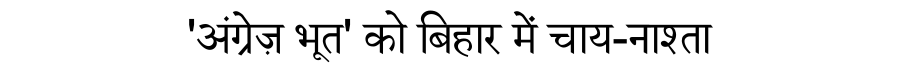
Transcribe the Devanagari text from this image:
'अंग्रेज़ भूत' को बिहार में चाय-नाश्ता